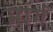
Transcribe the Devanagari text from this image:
मार्ग